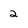
Character: 2